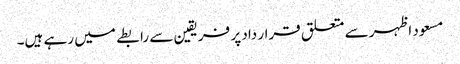
مسعود اظہر سے متعلق قرار داد پر فریقین سے رابطے میں رہے ہیں۔